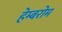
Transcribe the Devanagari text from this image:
हेम्बरोम